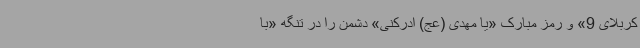
کربلای 9» و رمز مبارک‌ «یا مهدی‌ (عج) ادرکنی» دشمن را در تنگه «با